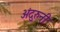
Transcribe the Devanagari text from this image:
अंदुरुनी